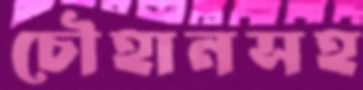
চৌহানসহ